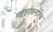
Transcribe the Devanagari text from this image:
हाइड्ररोफ्लोरिक